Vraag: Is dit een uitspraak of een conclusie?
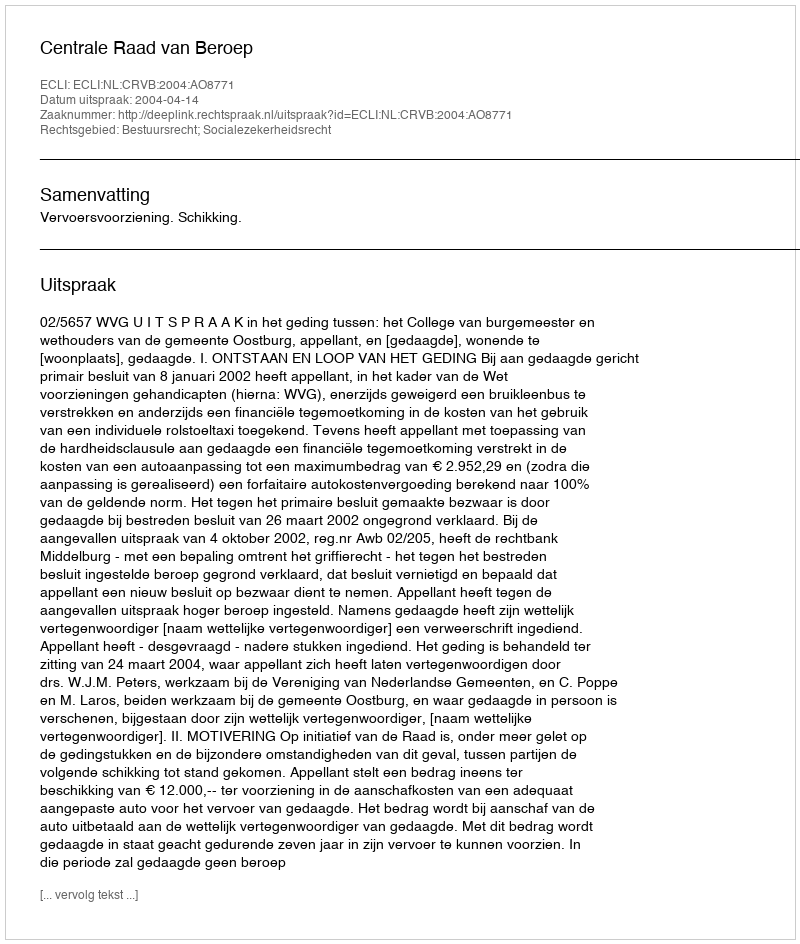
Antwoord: Uitspraak